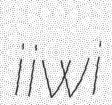
iiwi